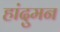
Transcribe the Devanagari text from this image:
हांदुमन